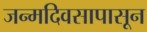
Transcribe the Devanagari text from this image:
जन्मदिवसापासून